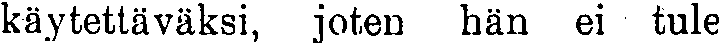
käytettäväksi, joten hän ei tule